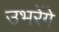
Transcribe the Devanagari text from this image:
उभरेंगे